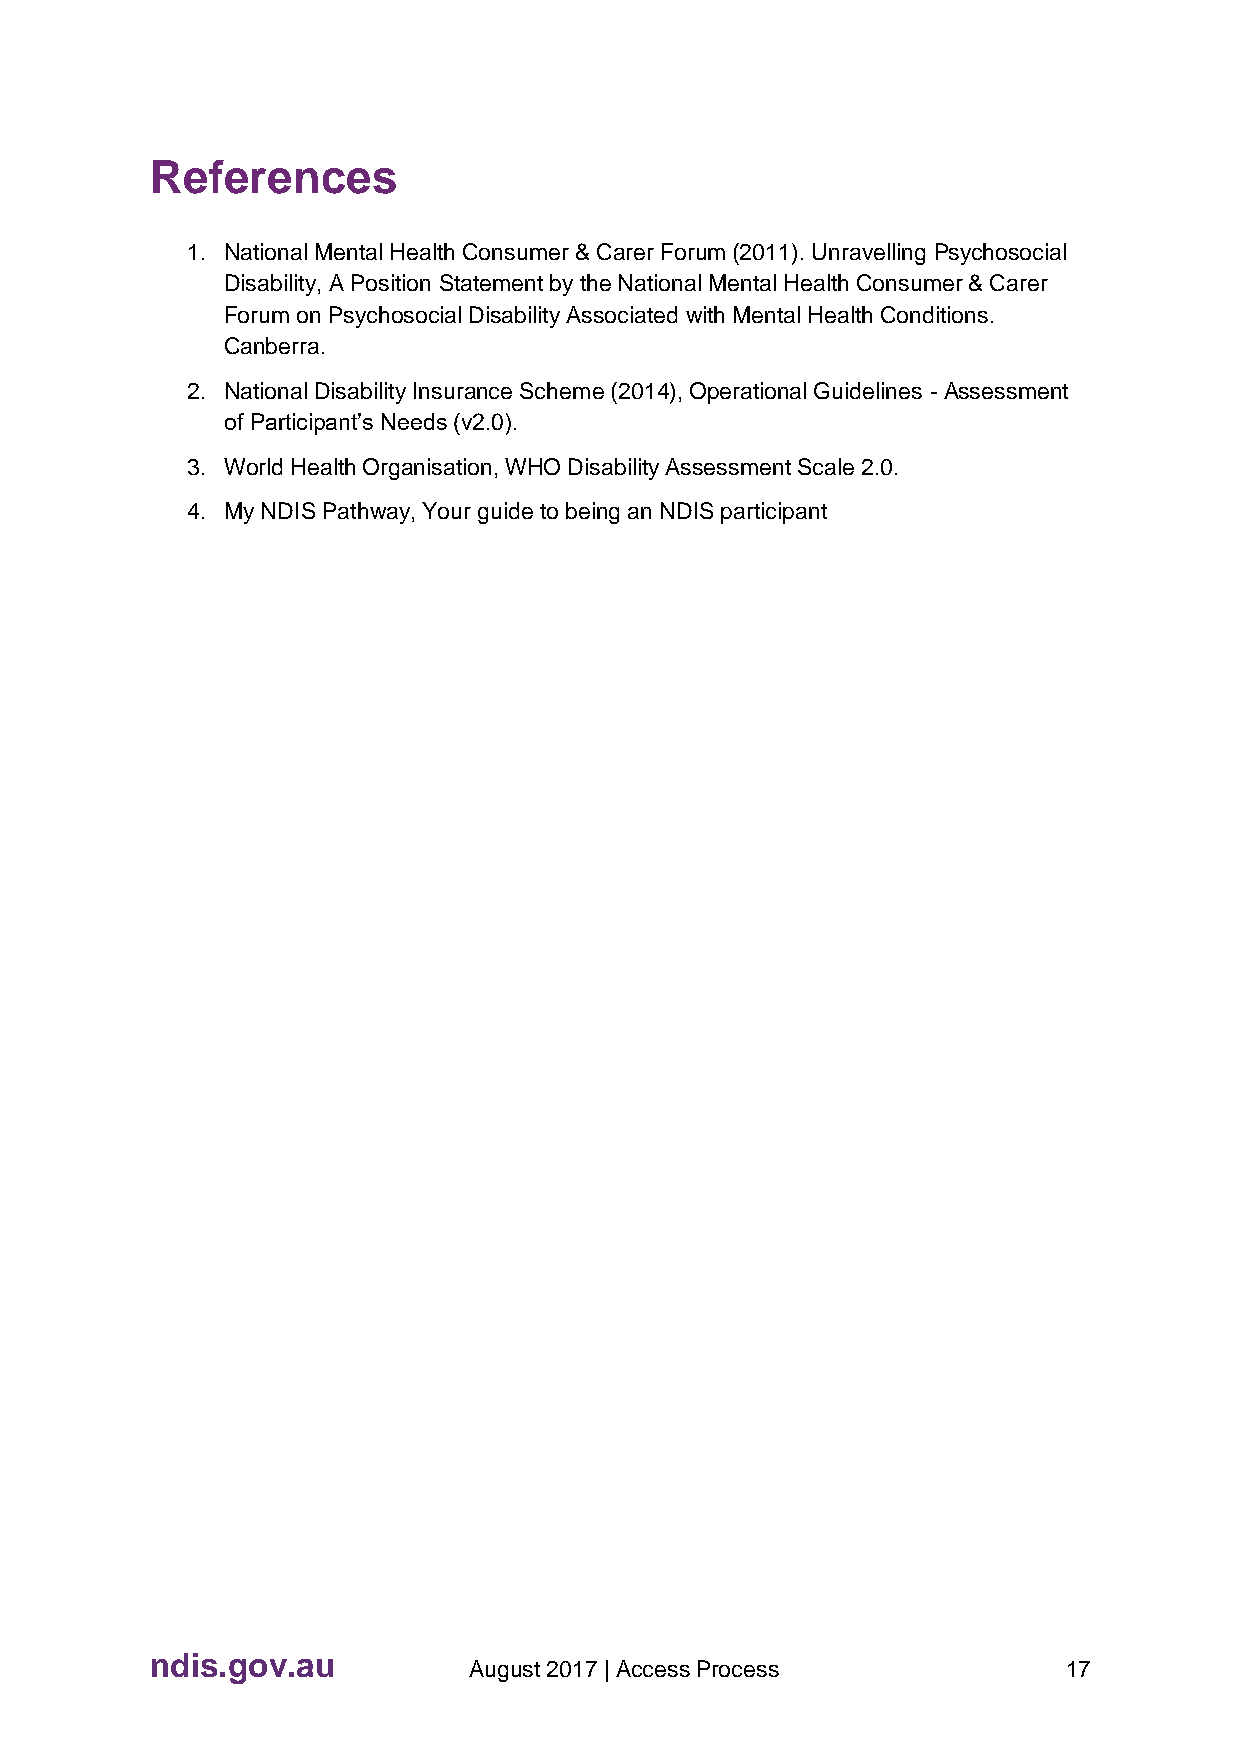
References
 1. National Mental Health Consumer & Carer Forum (2011). Unravelling Psychosocial
 Disability, A Position Statement by the National Mental Health Consumer & Carer
 Forum on Psychosocial Disability Associated with Mental Health Conditions.
 Canberra.
 2. National Disability Insurance Scheme (2014), Operational Guidelines - Assessment
 of Participant’s Needs (v2.0).
 3. World Health Organisation, WHO Disability Assessment Scale 2.0.
 4. My NDIS Pathway, Your guide to being an NDIS participant
 ndis.gov.au
 August 2017 | Access Process            17